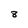
Character: 8